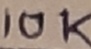
Text: 10K